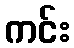
ကင်း